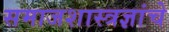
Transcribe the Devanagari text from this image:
समाजशास्त्रज्ञांचे